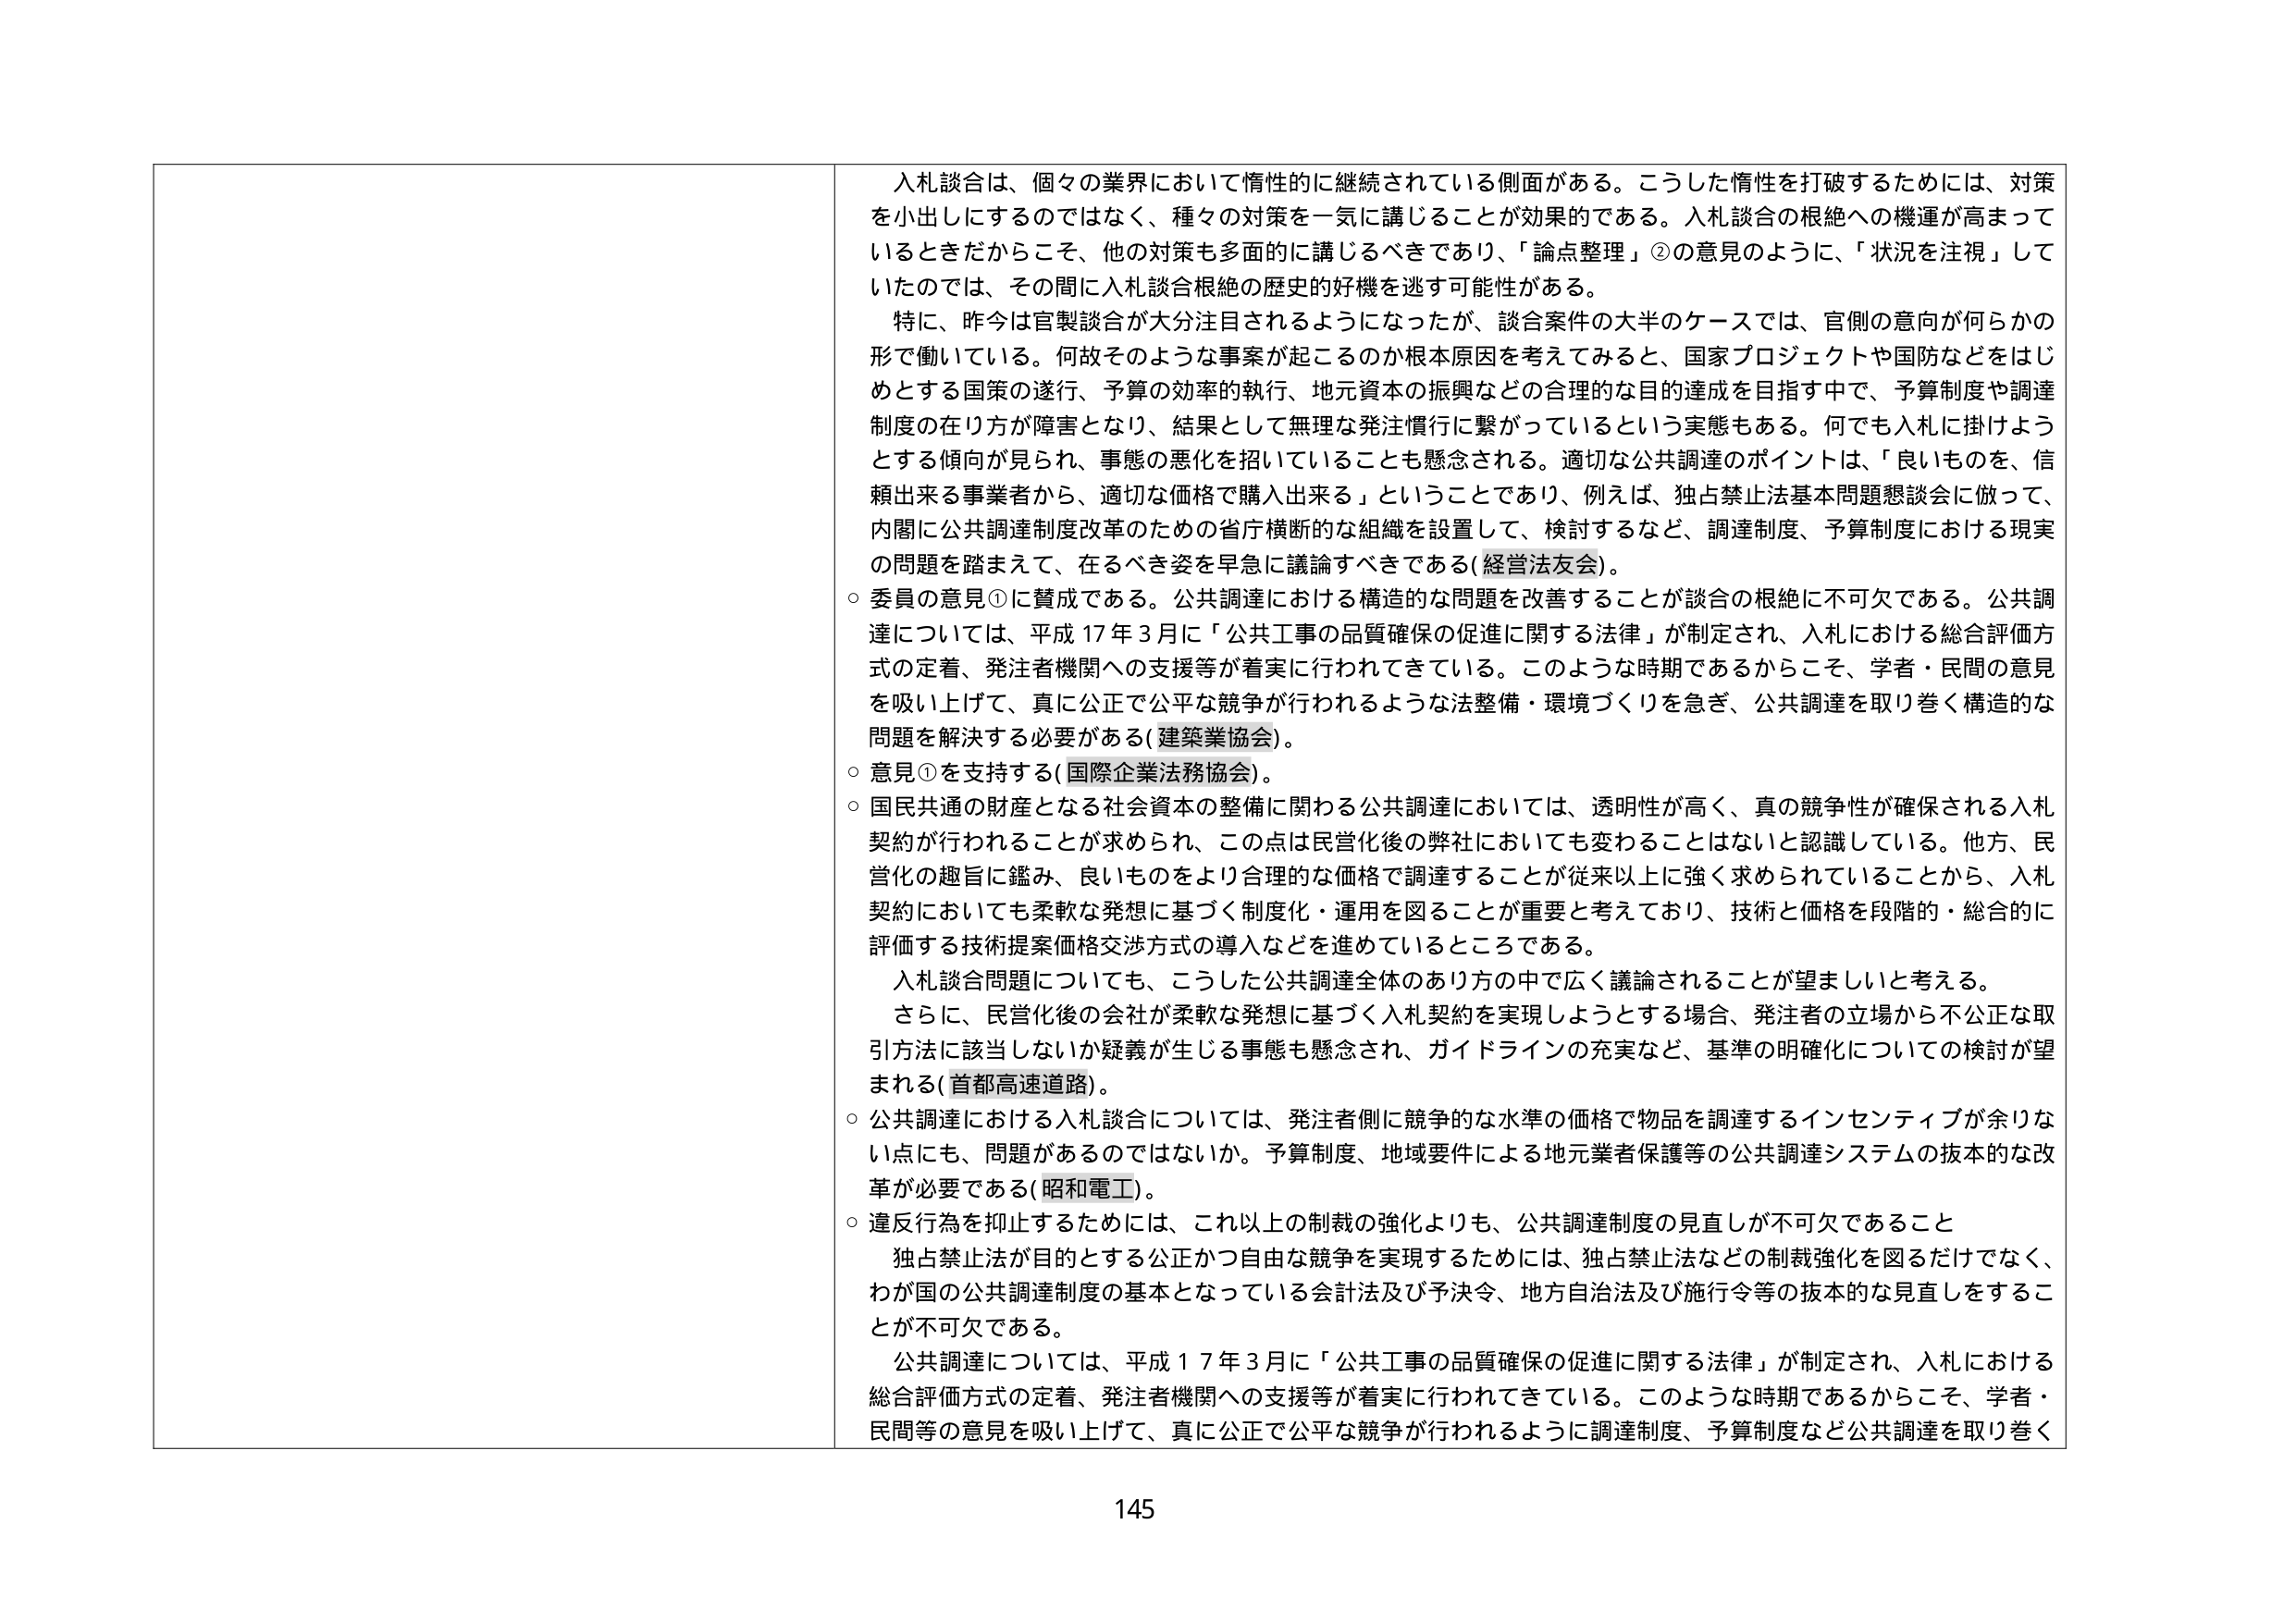
入札談合は、個々の業界において惰性的に継続されている側面がある。こうした惰性を打破するためには、対策を小出しにするのではなく、種々の対策を一気に講じることが効果的である。入札談合の根絶への機運が高まっているときだからこそ、他の対策も多面的に講じるべきであり、「論点整理」②の意見のように、「状況を注視」していたのでは、その間に入札談合根絶の歴史的好機を逃す可能性がある。

特に、昨今は官製談合が大分注目されるようになったが、談合案件の大半のケースでは、官側の意向が何らかの形で働いている。何故そのような事案が起こるのか根本原因を考えてみると、国家プロジェクトや国防などをはじめとする国策の遂行、予算の効率的執行、地元資本の振興などの合理的な目的達成を目指す中で、予算制度や調達制度の在り方が障害となり、結果として無理な発注慣行に繋がっているという実態もある。何でも入札に掛けようとする傾向が見られ、事態の悪化を招いていることも懸念される。適切な公共調達のポイントは、「良いものを、信頼出来る事業者から、適切な価格で購入出来る」ということであり、例えば、独占禁止法基本問題懇談会に倣って、内閣に公共調達制度改革のための省庁横断的な組織を設置して、検討するなど、調達制度、予算制度における現実の問題を踏まえて、在るべき姿を早急に議論すべきである（経営法友会）。

○ 委員の意見①に賛成である。公共調達における構造的な問題を改善することが談合の根絶に不可欠である。公共調達については、平成17年3月に「公共工事の品質確保の促進に関する法律」が制定され、入札における総合評価方式の定着、発注者機関への支援等が着実に行われてきている。このような時期であるからこそ、学者・民間の意見を吸い上げて、真に公正で公平な競争が行われるような法整備・環境づくりを急ぎ、公共調達を取り巻く構造的な問題を解決する必要がある（建築業協会）。

○ 意見①を支持する（国際企業法務協会）。

○ 国民共通の財産となる社会資本の整備に関わる公共調達においては、透明性が高く、真の競争性が確保される入札契約が行われることが求められ、この点は民営化後の弊社においても変わることはないと認識している。他方、民営化の趣旨に鑑み、良いものをより合理的な価格で調達することが従来以上に強く求められていることから、入札契約においても柔軟な発想に基づく制度化・運用を図ることが重要と考えており、技術と価格を段階的・総合的に評価する技術提案価格交渉方式の導入などを進めているところである。

　入札談合問題についても、こうした公共調達全体のあり方の中で広く議論されることが望ましいと考える。

　さらに、民営化後の会社が柔軟な発想に基づく入札契約を実現しようとする場合、発注者の立場から不公正な取引方法に該当しないか疑義が生じる事態も懸念され、ガイドラインの充実など、基準の明確化についての検討が望まれる（首都高速道路）。

○ 公共調達における入札談合については、発注者側に競争的な水準の価格で物品を調達するインセンティブが余りない点にも、問題があるのではないか。予算制度、地域要件による地元業者保護等の公共調達システムの抜本的な改革が必要である（昭和電工）。

○ 違反行為を抑止するためには、これ以上の制裁の強化よりも、公共調達制度の見直しが不可欠であること

　独占禁止法が目的とする公正かつ自由な競争を実現するためには、独占禁止法などの制裁強化を図るだけでなく、わが国の公共調達制度の基本となっている会計法及び予決令、地方自治法及び施行令等の抜本的な見直しをすることが不可欠である。

　公共調達については、平成17年3月に「公共工事の品質確保の促進に関する法律」が制定され、入札における総合評価方式の定着、発注者機関への支援等が着実に行われてきている。このような時期であるからこそ、学者・民間等の意見を吸い上げて、真に公正で公平な競争が行われるように調達制度、予算制度など公共調達を取り巻く

145